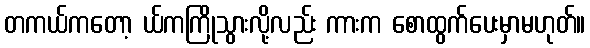
တကယ်ကတော့ ယ်ကကြိုသွားလို့လည်း ကားက စောထွက်ပေးမှာမဟုတ်။